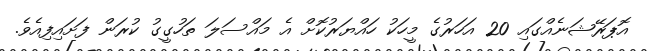
އޮޕަރޭޝަނެއްގައި 20 އަހަރުގެ މީހަކު ހައްޔަރުކޮށް އެ މައްސަލަ ތަހުގީގު ކުރަން ފަށައިފިއެވެ.